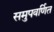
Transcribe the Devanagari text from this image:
समुपवर्णित